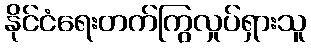
နိုင်ငံရေးတက်ကြွလှုပ်ရှားသူ